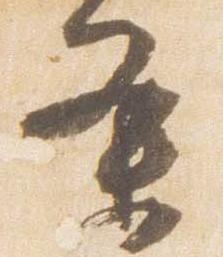
条